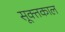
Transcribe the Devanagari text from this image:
सूक्तकाल